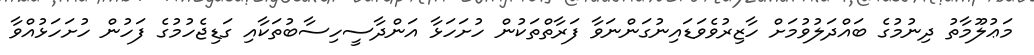
މަޢުލޫމާތު ދިނުމުގެ ބައްދަލުވުމަށް ހާޒިރުވެވަޑައިނުގަންނަވާ ފަރާތްތަކުން ހުށަހަޅާ އަންދާސީހިސާބުތަކާއި ގަޑިޖެހުމުގެ ފަހުން ހުށަހަޅުއްވާ